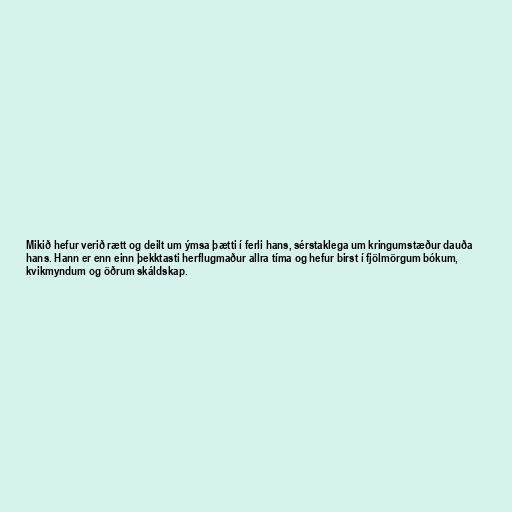
Mikið hefur verið rætt og deilt um ýmsa þætti í ferli hans, sérstaklega um kringumstæður dauða
hans. Hann er enn einn þekktasti herflugmaður allra tíma og hefur birst í fjölmörgum bókum,
kvikmyndum og öðrum skáldskap.